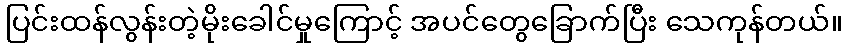
ပြင်းထန်လွန်းတဲ့မိုးခေါင်မှုကြောင့် အပင်တွေခြောက်ပြီး သေကုန်တယ်။